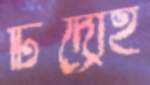
টিদ্রোহ